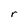
Character: r